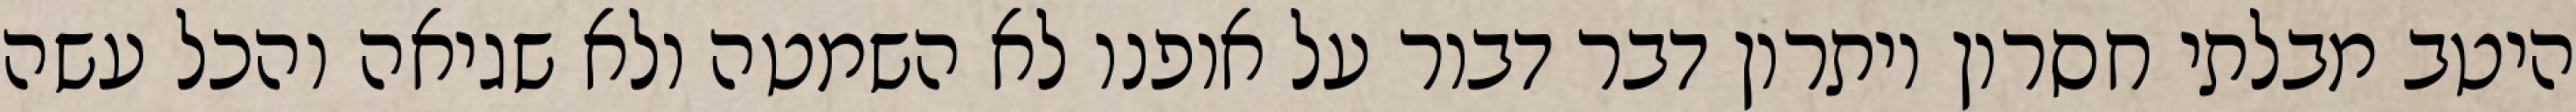
היטב מבלתי חסרון ויתרון דבר דבור על אופנו לא השמטה ולא שגיאה והכל עשה